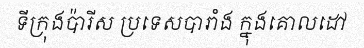
ទីក្រុងប៉ារីស ប្រទេសបារាំង ក្នុងគោលដៅ